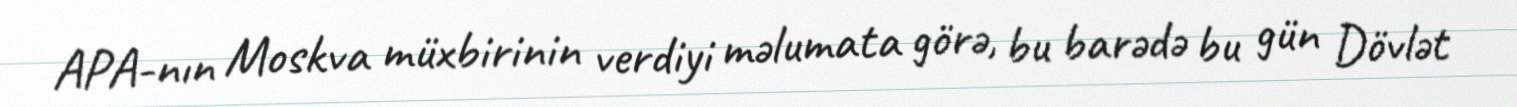
APA-nın Moskva müxbirinin verdiyi məlumata görə, bu barədə bu gün Dövlət